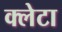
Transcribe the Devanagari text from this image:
क्लेटा